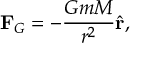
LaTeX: \mathbf { F } _ { G } = - { \frac { G m M } { r ^ { 2 } } } { \hat { \mathbf { r } } } ,